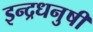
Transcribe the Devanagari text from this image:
इन्‍द्रधनुषी